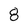
Character: 8